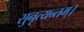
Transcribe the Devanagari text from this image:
सुनृत्यन्तम्‌।